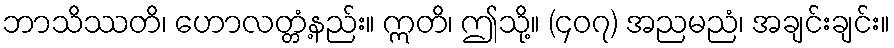
ဘာသိဿတိ၊ ဟောလတ္တံ့နည်း။ ဣတိ၊ ဤသို့။ (၄၀၇) အညမညံ၊ အချင်းချင်း။